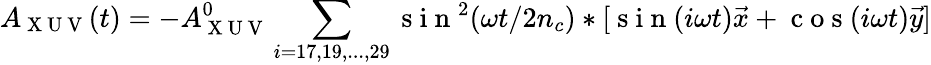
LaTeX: A_{\mathrm{~X~U~V~}}(t)=-A_{\mathrm{~X~U~V~}}^{0}\sum_{i=17,19,...,29}\mathrm{~s~i~n~}^{2}(\omega t/2n_{c})*[\mathrm{~s~i~n~}(i\omega t)\vec{x}+\mathrm{~c~o~s~}(i\omega t)\vec{y}]